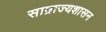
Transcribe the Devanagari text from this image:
साम्राज्यशासन